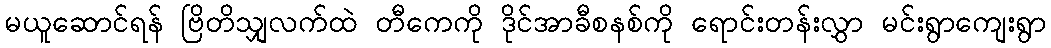
မယူဆောင်ရန် ဗြိတိသျှလက်ထဲ တီကေကို ဒိုင်အာခီစနစ်ကို ရောင်းတန်းလွှာ မင်းရွာကျေးရွာ